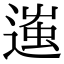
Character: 𨔢